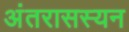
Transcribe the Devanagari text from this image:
अंतरासस्यन